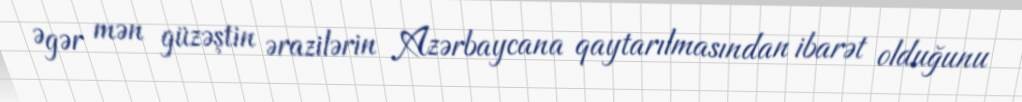
Əgər mən güzəştin ərazilərin Azərbaycana qaytarılmasından ibarət olduğunu